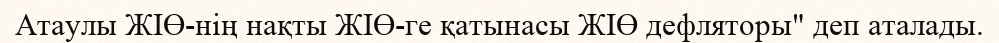
Атаулы ЖІӨ-нің нақты ЖІӨ-ге қатынасы ЖІӨ дефляторы" деп аталады.